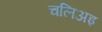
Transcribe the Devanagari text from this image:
चलिअइ